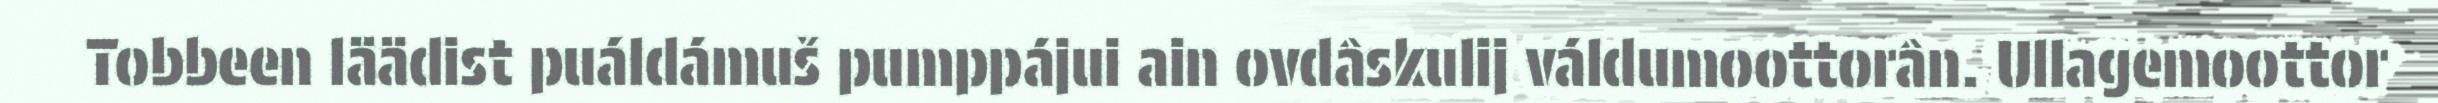
Tobbeen läädist puáldámuš pumppájui ain ovdâskulij váldumoottorân. Ullagemoottor